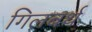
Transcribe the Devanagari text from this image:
गिलबर्थ